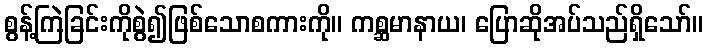
စွန့်ကြဲခြင်းကိုစွဲ၍ဖြစ်သောစကားကို။ ကစ္ဆမာနာယ၊ ပြောဆိုအပ်သည်ရှိသော်။